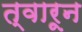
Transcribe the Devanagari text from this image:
त्वारून